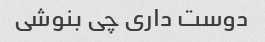
دوست داری چی بنوشی